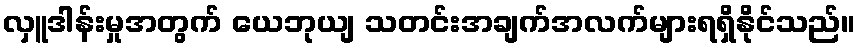
လှူဒါန်းမှုအတွက် ယေဘုယျ သတင်းအချက်အလက်များရရှိနိုင်သည်။